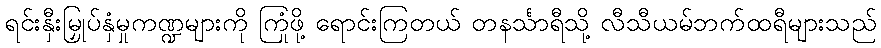
ရင်းနှီးမြှုပ်နှံမှုကဏ္ဍများကို ကြုံဖို့ ရောင်းကြတယ် တနင်္သာရီသို့ လီသီယမ်ဘက်ထရီများသည်